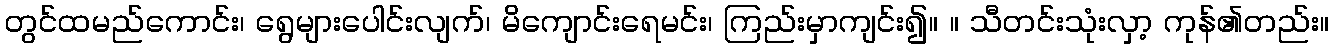
တွင်ထမည်ကောင်း၊ ရွေများပေါင်းလျက်၊ မိကျောင်းရေမင်း၊ ကြည်းမှာကျင်း၍။ ။ သီတင်းသုံးလှာ့ ကုန်၏တည်း။